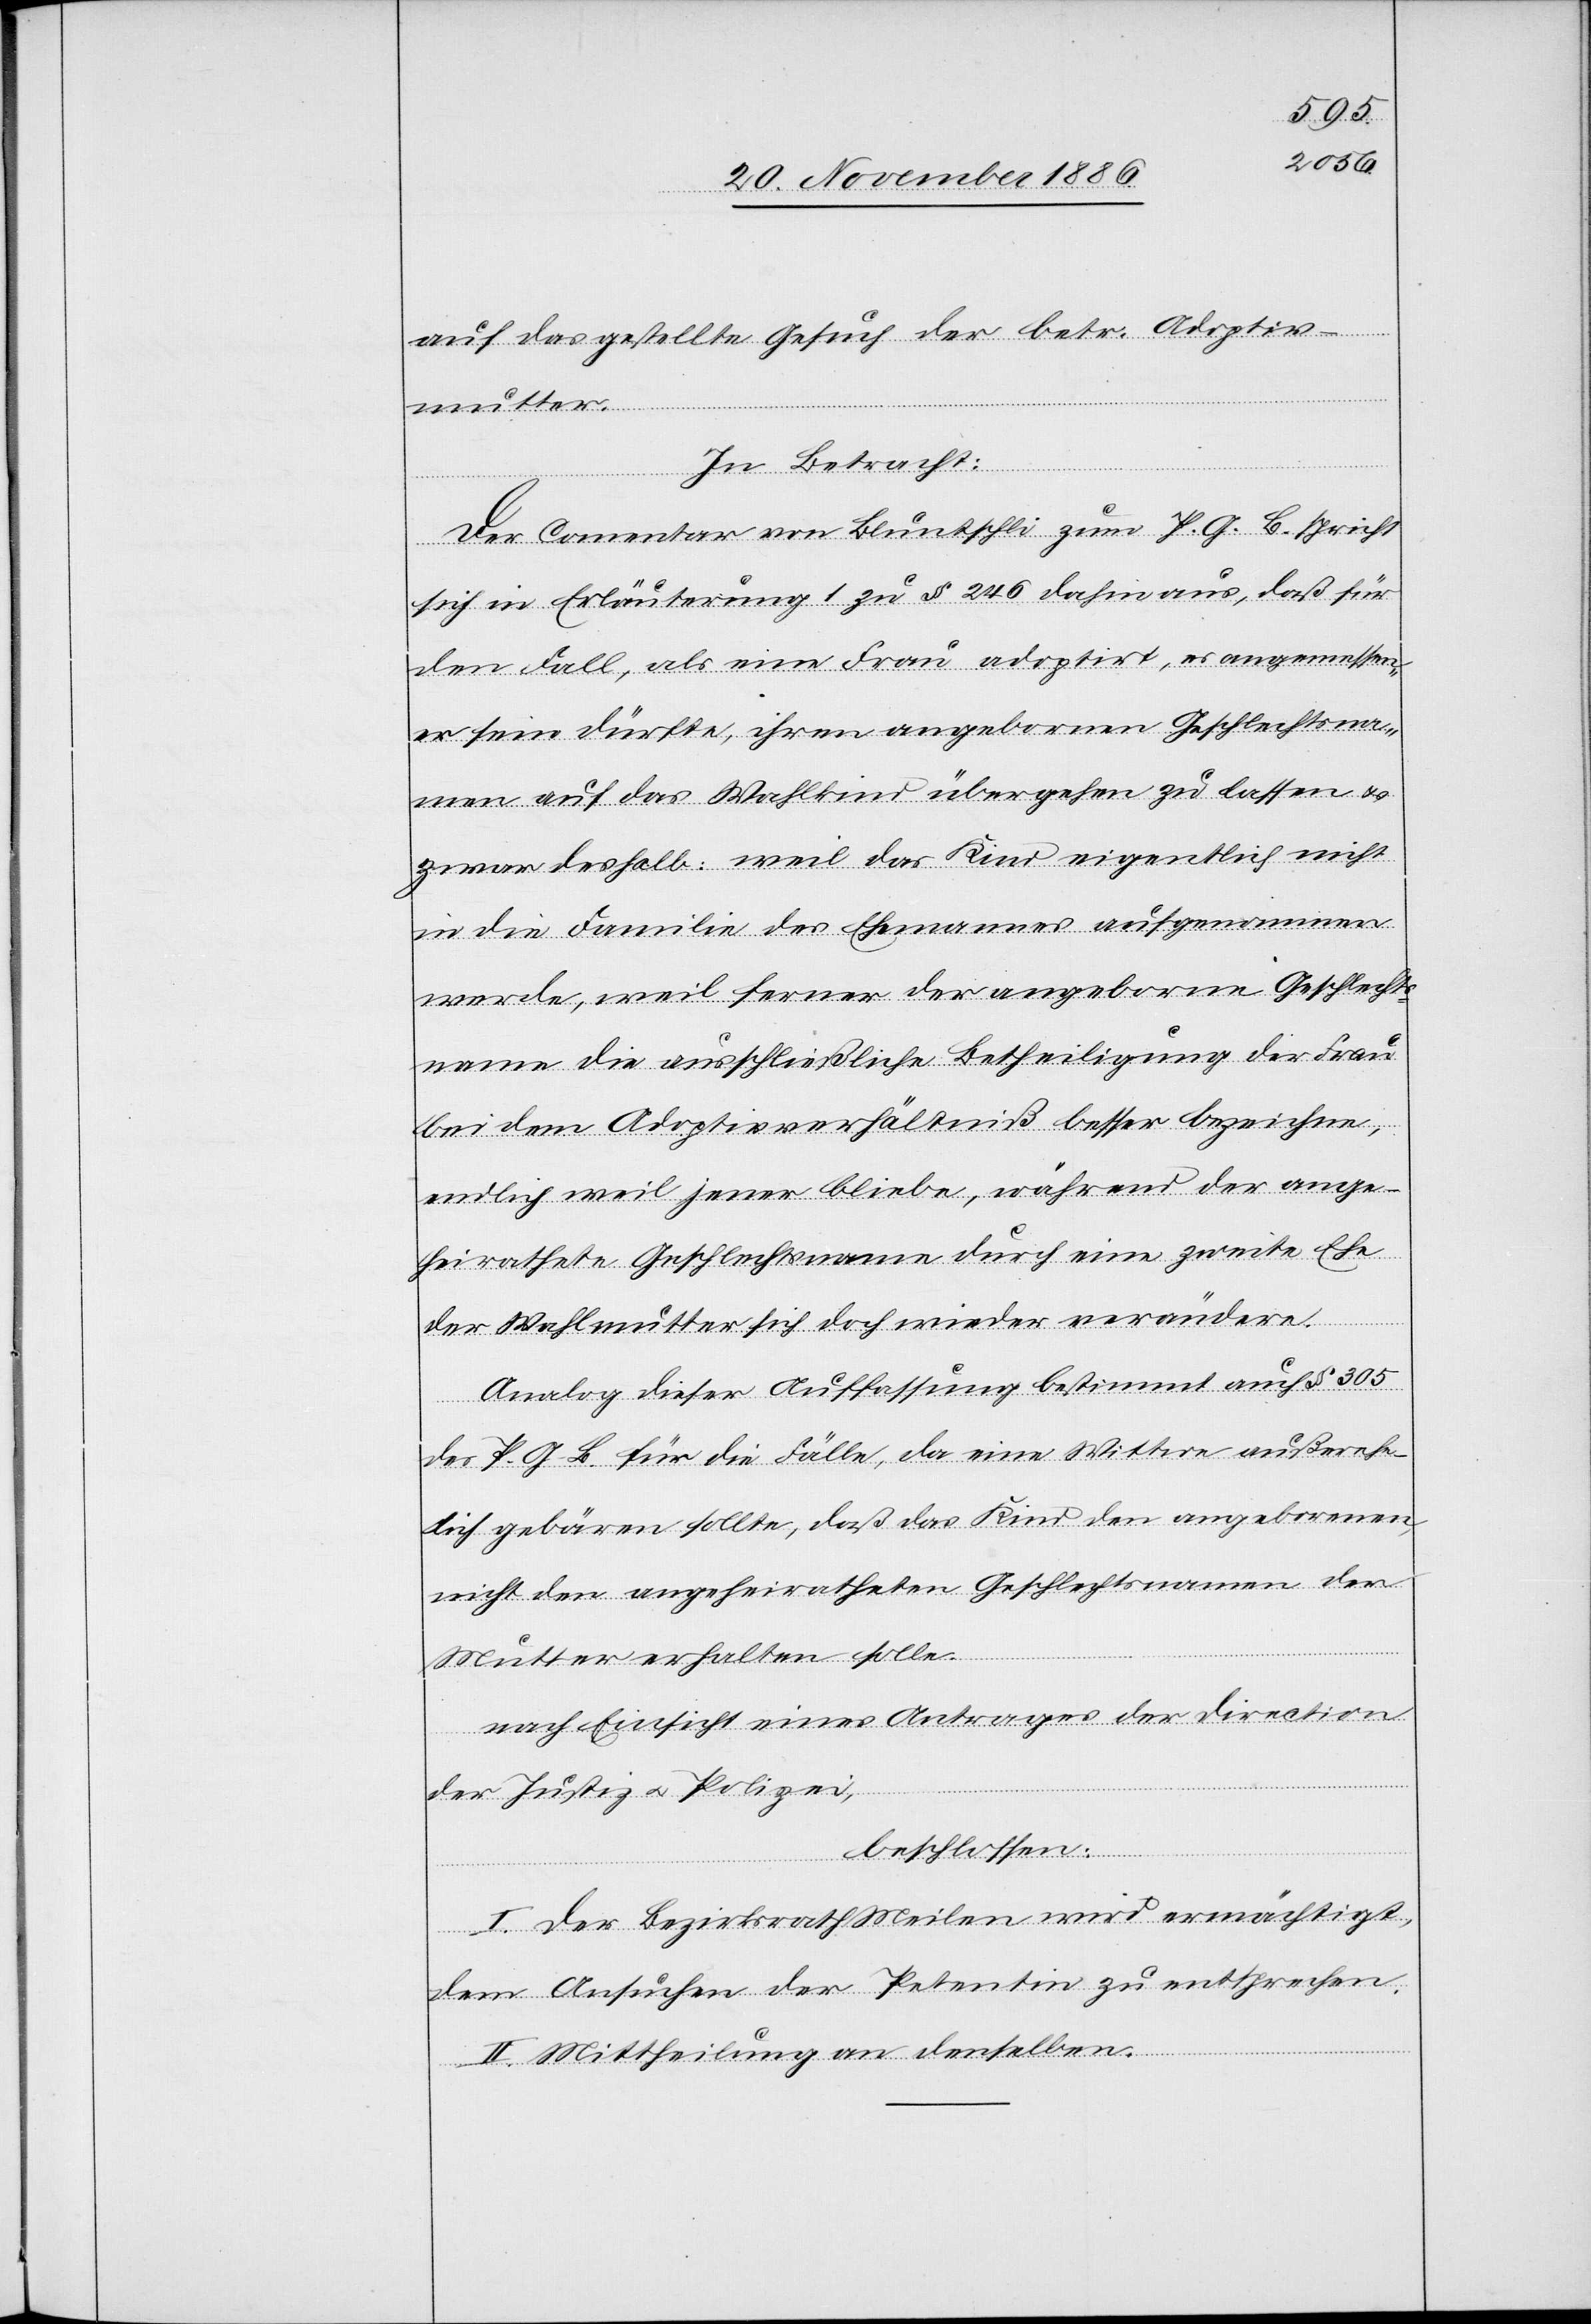
auf das gestellte Gesuch der betr. Adoptiv¬
mutter.
In Betracht:
Der Comentar von Blutnschli zum P. G. B. spricht
sich in Erläuterung 1 zu § 246 dahin aus, daß für
den Fall, als eine Frau adoptirt, es angemessen¬
er sein dürfte, ihren angebornen Geschlechtsna¬
men auf das Wahlkind übergehen zu lassen &
zwar deshalb: weil das Kind eigentlich nicht
in die Familie des Ehemannes aufgenommen
werde, weil ferner der angeborne Geschlechts¬
name die ausschließliche Betheiligung der Frau
bei dem Adoptivverhältniß besser bezeichne,
endlich weil jener bleibe, während der ange¬
heirathete Geschlechtsname durch eine zweite Ehe
der Wahlmutter sich doch wieder verändere.
Analog dieser Auffassung bestimmt auch § 305
des P. G. B. für die Fälle, da eine Wittwe außerehe¬
lich gebären sollte, daß das Kind den angeborenen,
nicht den angeheiratheten Geschlechtsnamen der
Mutter erhalten solle.
nach Einsicht eines Antrages der Direction
der Justiz & Polizei,
beschlossen:
I. Der Bezirksrath Meilen wird ermächtigt,
dem Ansuchen der Petentin zu entsprechen.
II. Mittheilung an denselben.